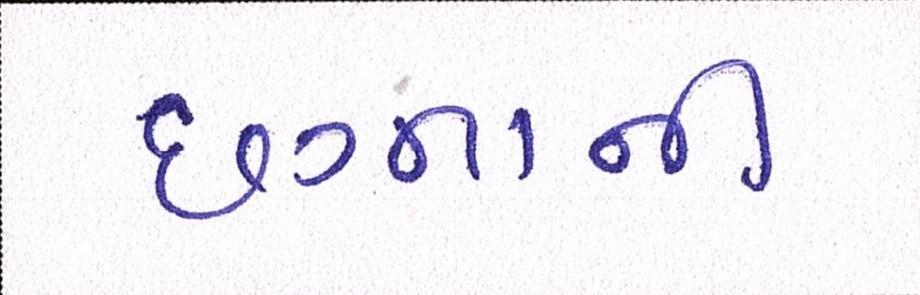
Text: છગ્ગાની